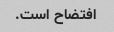
افتضاح است.